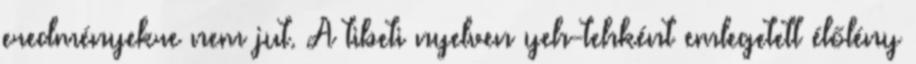
eredményekre nem jut. A tibeti nyelven yeh-tehként emlegetett élőlény